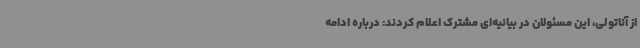
از آناتولی، این مسئولان در بیانیه‌ای مشترک اعلام کردند: درباره ادامه